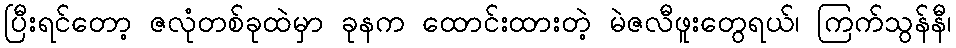
ပြီးရင်တော့ ဇလုံတစ်ခုထဲမှာ ခုနက ထောင်းထားတဲ့ မဲဇလီဖူးတွေရယ်၊ ကြက်သွန်နီ၊